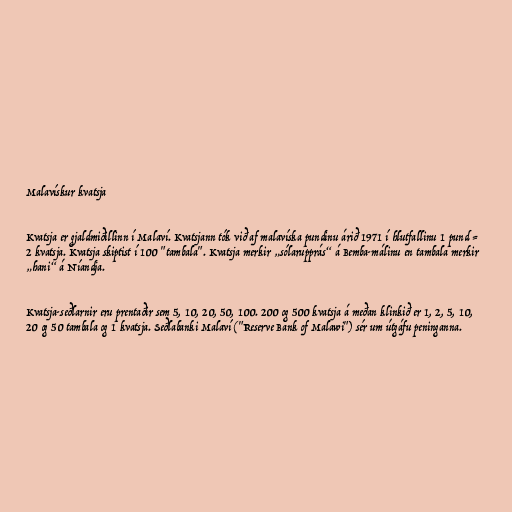
Malavískur kvatsja

Kvatsja er gjaldmiðillinn í Malaví. Kvatsjann tók við af malavíska pundinu árið 1971 í hlutfallinu 1 pund =
2 kvatsja. Kvatsja skiptist í 100 "tambala". Kvatsja merkir „sólarupprás“ á Bemba-málinu en tambala merkir
„hani“ á Níandja.

Kvatsja-seðlarnir eru prentaðir sem 5, 10, 20, 50, 100. 200 og 500 kvatsja á meðan klinkið er 1, 2, 5, 10,
20 og 50 tambala og 1 kvatsja. Seðlabanki Malaví ("Reserve Bank of Malawi") sér um útgáfu peninganna.